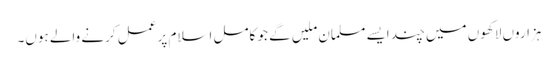
ہزاروں لاکھوں میں چند ایسے مسلمان ملیں گے جو کامل اسلام پر عمل کرنے والے ہوں۔